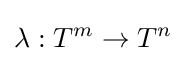
\lambda :T^{m}\rightarrow T^{n}